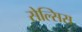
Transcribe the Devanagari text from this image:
सेल्सिस